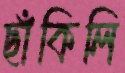
ছাঁকিলি